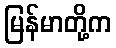
မြန်မာတို့က